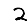
Digit: 2